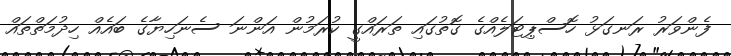
ފެންވަރު ރަނގަޅު ހޮސްޕިޓަލެއްގެ ގޮތުގައި ތަރައްގީ ކުރަމުން އަންނަ ސެނަހިޔާގެ ބައެއް ހިދުމަތްތައް